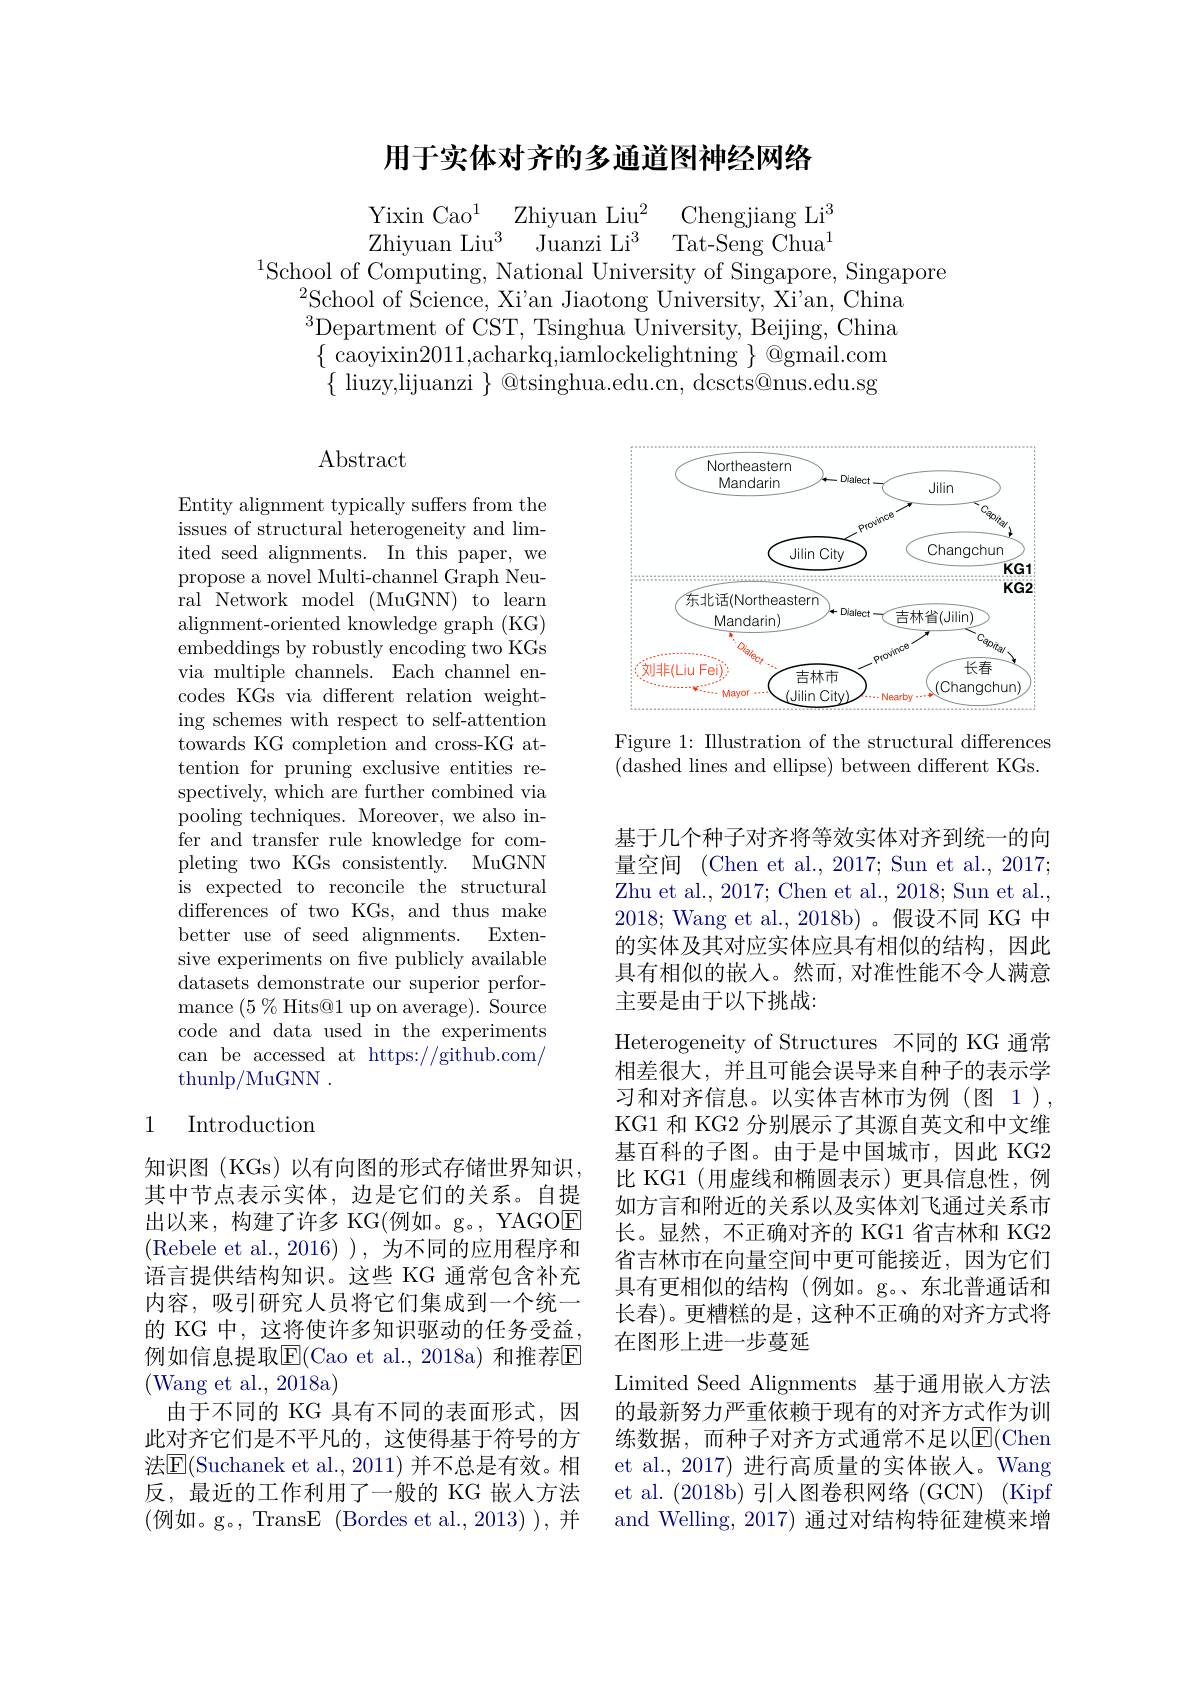
## 用于实体对齐的多通道图神经网络

$\begin{array}{lll}\mathrm{Yixin~Cao^1}&\mathrm{Zhiyuan~Liu^2}&\mathrm{Chengjiang~Li^3}\\\mathrm{Zhiyuan~Liu^3}&\mathrm{Juanzi~Li^3}&\mathrm{Tat-Seng~Chua^1}\end{array}$
$^{1}$School of Computing, National University of Singapore, Singapore

$^{2}$School of Science, Xi'an Jiaotong University, Xi'an, China $^{3}$Department of CST, Tsinghua University, Beijing, China $\{$ caoyixin2011,acharkq,iamlockelightning $\}$ @gmail.com $\{$ liuzy,lijuanzi $\}$ @tsinghua.edu.cn, dcscts@nus.edu.sg

# $\operatorname{Abstract}$

<FigureHere>

Figure 1: IIlustration of the structural differences (dashed lines and ellipse) between different KGs.

Entity alignment typically suffers from the issues of structural heterogeneity and lim- ited seed alignments. In this paper, we propose a novel Multi-channel Graph Neural Network model (MuGNN) to learn alignment-oriented knowledge graph (KG) embeddings by robustly encoding two KGs via multiple channels. Each channel encodes KGs via different relation weighting schemes with respect to self-attention towards KG completion and cross-KG attention for pruning exclusive entities respectively, which are further combined via pooling techniques. Moreover, we also infer and transfer rule knowledge for completing two KGs consistently. MuGNN is expected to reconcile the structural differences of two KGs, and thus make better use of seed alignments.
Exten-
sive experiments on fve publicly available datasets demonstrate our superior performance $(5\%$ Hits@1 up on average). Source code and data used in the experiments can be accessed at https://github.com/ thunlp/MuGNN .

### 1 Introduction

基于几个种子对齐将等效实体对齐到统一的向量空间 (Chen et al., 2017; Sun et al., 2017; Zhu et al., 2017; Chen et al., 2018; Sun et al., 2018; Wang et al., 2018b)。假设不同 KG 中的实体及其对应实体应具有相似的结构，因此具有相似的嵌入。然而，对准性能不令人满意主要是由于以下挑战：
Heterogeneity of Structures 不同的 KG 通常相差很大，并且可能会误导来自种子的表示学习和对齐信息。以实体吉林市为例(图 1), KG1 和 KG2 分别展示了其源自英文和中文维基百科的子图。由于是中国城市，因此 KG2比 KG1(用虚线和椭圆表示)更具信息性，例如方言和附近的关系以及实体刘飞通过关系市长。显然，不正确对齐的 KG1 省吉林和 KG2省吉林市在向量空间中更可能接近，因为它们具有更相似的结构(例如。g。、东北普通话和长春)。更糟糕的是，这种不正确的对齐方式将在图形上进一步蔓延
Limited Seed Alignments 基于通用嵌入方法的最新努力严重依赖于现有的对齐方式作为训练数据，而种子对齐方式通常不足以$\overline{\mathrm{E}}($Chen et al.,2017) 进行高质量的实体嵌人。Wang et al. (2018b) 引人图卷积网络 (GCN) (Kipf and Welling, 2017) 通过对结构特征建模来增

知识图(KGs)以有向图的形式存储世界知识， 其中节点表示实体，边是它们的关系。自提出以来，构建了许多 KG(例如。g。, YAGOE (Rebele et al.,2016)),为不同的应用程序和语言提供结构知识。这些 KG 通常包含补充内容，吸引研究人员将它们集成到一个统一的 KG 中，这将使许多知识驱动的任务受益例如信息提取$\boxed{\mathrm{F}}($Cao et al.,2018a) 和推荐回(Wang et al., 2018a)
由于不同的 KG 具有不同的表面形式，因此对齐它们是不平凡的，这使得基于符号的方法$\overline{\mathrm{E}}($Suchanek et al., 2011) 并不总是有效。相反，最近的工作利用了一般的 KG 嵌人方法(例如。g。, TransE (Bordes et al., 2013) ), 并